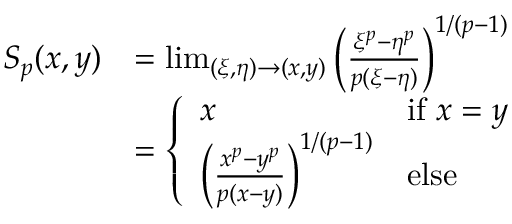
{ \begin{array} { r l } { S _ { p } ( x , y ) } & { = \operatorname* { l i m } _ { ( \xi , \eta ) \to ( x , y ) } \left( { \frac { \xi ^ { p } - \eta ^ { p } } { p ( \xi - \eta ) } } \right) ^ { 1 / ( p - 1 ) } } \\ & { = { \left\{ \begin{array} { l l } { x } & { { \mathrm { i f ~ } } x = y } \\ { \left( { \frac { x ^ { p } - y ^ { p } } { p ( x - y ) } } \right) ^ { 1 / ( p - 1 ) } } & { { \mathrm { e l s e } } } \end{array} \right. } } \end{array} }